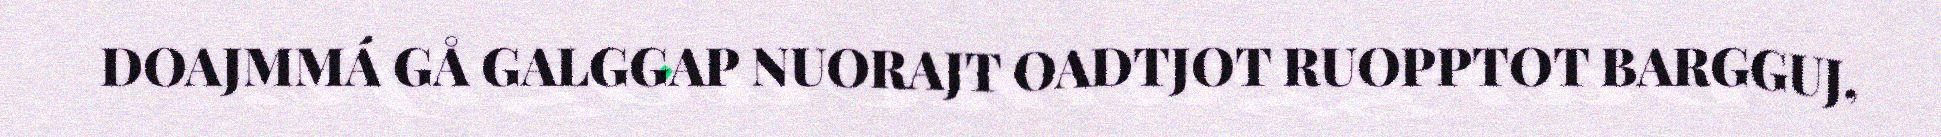
DOAJMMÁ GÅ GALGGAP NUORAJT OADTJOT RUOPPTOT BARGGUJ,